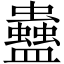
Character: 蠱